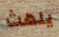
يلهث